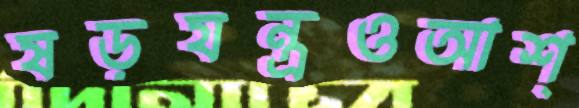
ষড়যন্ত্রওআশ্